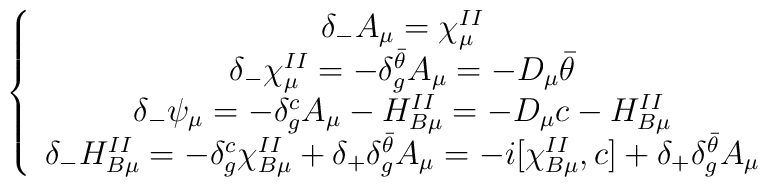
\left\{\begin{array}{c}\delta_-A_\mu=\chi^{II}_\mu\\\delta_-\chi^{II}_\mu=-\delta^{\bar{\theta}}_gA_\mu=-D_\mu{\bar{\theta}}\\\delta_-\psi_\mu=-\delta^c_gA_\mu-H^{II}_{B\mu}=-D_\mu c-H^{II}_{B\mu} \\\delta_-H^{II}_{B\mu}=-\delta^c_g\chi^{II}_{B\mu}+\delta_+\delta^{\bar{\theta}}_gA_\mu=-i[\chi^{II}_{B\mu},c]+\delta_+\delta^{\bar{\theta}}_gA_\mu\end{array}\right.